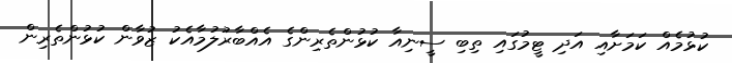
ކުޅުމެއް ކަމަށާއި އަދި ޓީމުގައި ތިބި ސީނިއާ ކުޅުންތެރިންގެ އެއްބާރުލުމާއެކު ޒުވާން ކުޅުންތެރިން